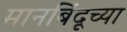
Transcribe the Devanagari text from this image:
मानबिंदूच्या